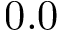
0 . 0